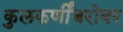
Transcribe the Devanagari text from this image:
कुलकर्णींबरोबर